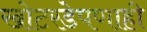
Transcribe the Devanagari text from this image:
खोटरडेपणाही